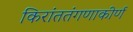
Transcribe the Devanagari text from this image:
किरांततंगणाकीर्ण